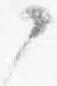
了